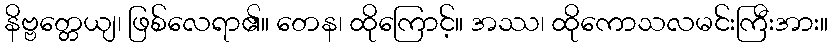
နိဗ္ဗတ္တေယျ၊ ဖြစ်လေရာ၏။ တေန၊ ထိုကြောင့်။ အဿ၊ ထိုကောသလမင်းကြီးအား။